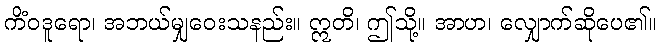
ကိံဝဒူရော၊ အဘယ်မျှဝေးသနည်း။ ဣတိ၊ ဤသို့။ အာဟ၊ လျှောက်ဆိုပေ၏။